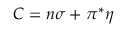
{ \cal { C } } = n \sigma + \pi ^ { * } \eta